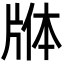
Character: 𬌕